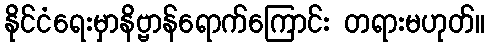
နိုင်ငံရေးမှာနိဗ္ဗာန်ရောက်ကြောင်း တရားမဟုတ်။